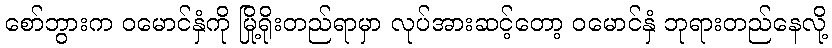
စော်ဘွားက ဝမောင်နှံကို မြို့ရိုးတည်ရာမှာ လုပ်အားဆင့်တော့ ဝမောင်နှံ ဘုရားတည်နေလို့